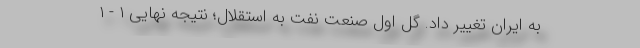
به ایران تغییر داد. گل اول صنعت نفت به استقلال؛ نتیجه نهایی ۱ - ۱